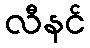
လီနင်